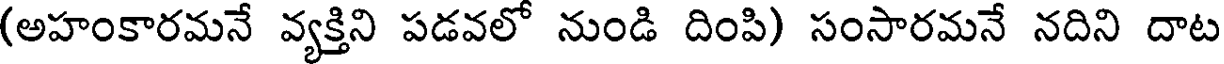
(అహంకారమనే వ్యక్తిని పడవలో నుండి దింపి) సంసారమనే నదిని దాట